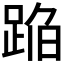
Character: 𰸒